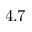
4 . 7